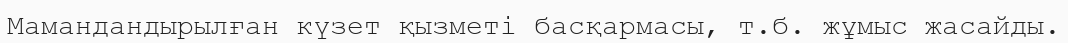
Мамандандырылған күзет қызметі басқармасы, т.б. жұмыс жасайды.